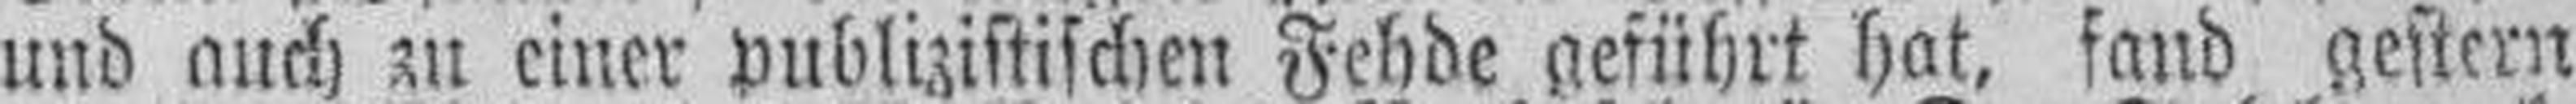
und auch zu einer publizistischen Fehde geführt hat, fand gestern